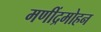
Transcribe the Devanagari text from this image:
मणींद्रमोहन